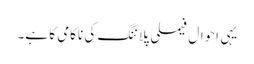
یہی احوال فیملی پلاننگ کی ناکامی کا ہے۔